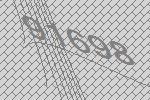
91698